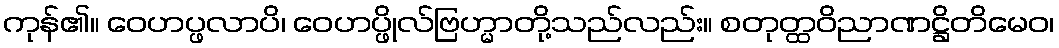
ကုန်၏။ ဝေဟပ္ဖလာပိ၊ ဝေဟပ္ဖိုလ်ဗြဟ္မာတို့သည်လည်း။ စတုတ္ထဝိညာဏဋ္ဌိတိမေဝ၊